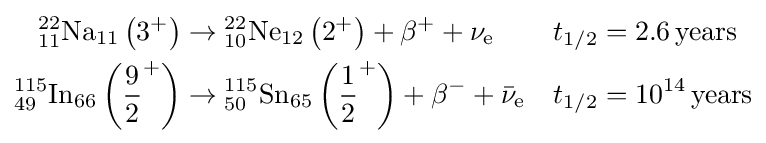
{\begin{aligned}{}_{11}^{22}{\text{Na}}_{11}\left(3^{+}\right)&\rightarrow {}_{10}^{22}{\text{Ne}}_{12}\left(2^{+}\right)+\beta ^{+}+\nu _{\text{e}}&t_{1/2}&=2.6\,{\text{years}}\\{}_{49}^{115}{\text{In}}_{66}\left({\frac {9}{2}}^{+}\right)&\rightarrow {}_{50}^{115}{\text{Sn}}_{65}\left({\frac {1}{2}}^{+}\right)+\beta ^{-}+{\bar {\nu }}_{\text{e}}&t_{1/2}&=10^{14}\,{\text{years}}\end{aligned}}